Report on vaccination in Madras 1904-1921 - 1904-1921
Year: 1904
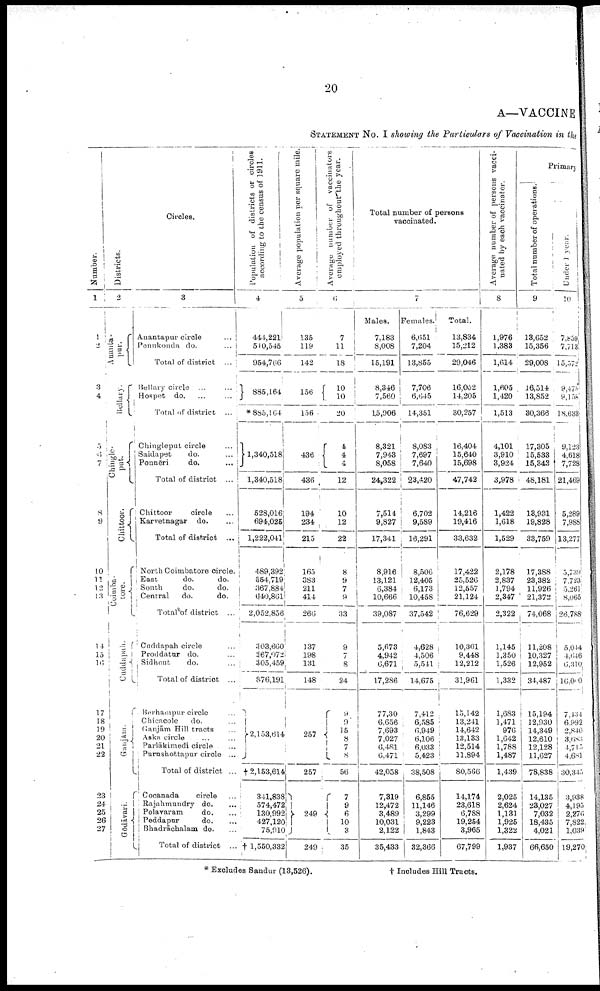
20
A—VACCINE
STATEMENT NO. I showing the Particulars of Vaccination in the
Number.
1
1
2
3
4
5
6
7
8
9
10
11
12
13
14
15
16
17
18
19
20
21
22
23
24
25
26
27
Districts.
2
Ananta-
pur.
Bellary.
Chingle-
put.
Chittoor.
Coimba-
tore.
Cuddapah.
Ganjam.
Gōdāvari.
Circles.
3
Anantapur circle ...
Pennkonda do. ...
Total of district ...
Bellary circle ... ...
Hospet do. ... ...
Total of district ...
Chingleput circle ...
Saidapet
do. ...
Ponnēri
do.
...
Total of district ...
Chittoor
circle ...
Karvetnagar
do. ...
Total of district ...
North Coimbatore circle.
East
do.
do.
South
do.
do.
Central
do.
do.
Total of district ...
Cuddapah circle ...
Proddatur do. ...
Sidhout
do. ...
Total of district ...
Berhampur circle ...
Chicacole
do. ...
Ganjām Hill tracts ...
Aska circle ... ...
Parlākimedi circle ...
Purushottapur circle ...
Total of district ...
Cocanada
circle ...
Rajahmundry do. ...
Polavaram
do. ...
Peddapur
do. ...
Bhadrāchalam do. ...
Total of district ...
Population of districts or circles
according to the census of 1911.
4
444,221
510,545
954,766
885,164
* 885,164
1,340,518
1,340,518
528,016
694,025
1,222,041
489,392
554,719
367,884
640,86l
2,052,856
303,660
267,072
305,459
376,191
2,153,614
†2,153,614
341,838
574,472
130,992
427,120
75,910
† 1,550,332
Average population per square mile.
5
135
119
142
156
156
436
436
194
234
215
165
383
211
414
266
137
198
131
148
257
257
249
249
Average number of vaccinators
employed throughout the year.
6
7
11
18
10
10
20
4
4
4
12
10
12
22
8
9
7
9
33
9
7
8
24
9
9
15
8 7
8
56
7
9
6
10
3
35
Total number of persons
vaccinated.
7
Males.
7,183
8,008
15,191
8,346
7,560
15,906
8,321
7,943
8,058
24,322
7,514
9,827
17,341
8,916
13,121
6,384
10,666
39,087
5,673
4,942
6,671
17,286
77,30
6,656
7,693
7,027
6,481
6,471
42,058
7,319
12,472
3,489
10,031
2,122
35,433
Females.
6,051
7,204
13,855
7,706
6,645
14,351
8,083
7,697
7,640
23,420
6,702
9,589
16,291
8,506
12,405
6,173
10,458
37,542
4,628
4,506
5,541
14,675
7,412
6,585
6,949
6,106
6,033
5,423
38,508
6,855
11,146
3,299
9,223
1,843
32,366
Total.
13,834
15,212
29,046
16,052
14,205
30,257
16,404
15,640
15,698
47,742
14,216
19,416
33,632
17,422
25,526
12,557
21,124
76,629
10,301
9,448
12,212
31,961
15,142
13,241
14,642
13,133
12,514
11,894
80,566
14,174
23,618
6,788
19,254
3,965
67,799
Average number of persons vacci
nated by each vaccinator.
8
1,976
1,383
1,614
1,605
1,420
1,513
4,101
3,910
3,924
3,978
1,422
1,618
1,529
2,178
2,837
1,794
2,347
2,322
1,145
1,350
1,526
1,332
1,683
1,471
976
1,642
1,788
1,487
1,439
2,025
2,624
1,131
1,925
1,322
1,937
Primary
Total number of operations
9
13,652
15,356
29,008
16,514
13,852
30,366
17,305
15,533
15,343
48,181
13,931
19,828
33,759
17,388
23,382
11,926
21,372
74,068
11,208
10,327
12,952
34,487
15,194
12,930
14,349
12,610
12,128
11,627
78,838
14,135
23,027
7,032
18,435
4,021
66,650
Under 1 year.
10
7,859
7,713
15,572
9,475
9,158
18,633
9,123
4,618
7,728
21,469
5,289
7,988
13,277
5,739
7,723
5,261
8,065
26,788
5,044
4,646
6,310
16,000
7,434
6,992
2,840
3,683
4,715
4,681
30,345
3,938
4,195
2,276
7,822
1,039
19,270
* Excludes Sandur (18,526).
† Includes Hill Tracts.